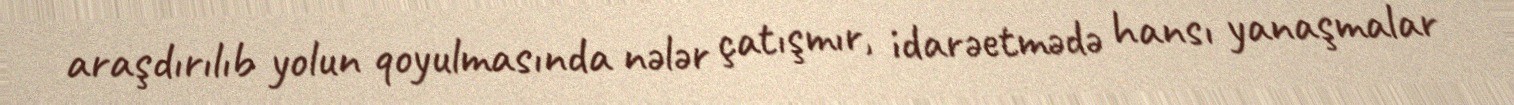
araşdırılıb yolun qoyulmasında nələr çatışmır, idarəetmədə hansı yanaşmalar